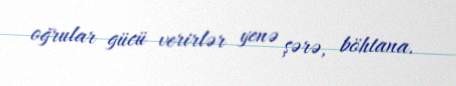
oğrular gücü verirlər yenə şərə, böhtana.